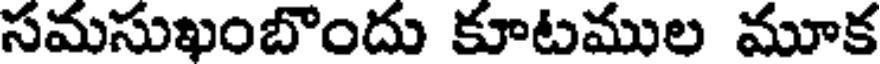
సమసుఖంబొందు కూటముల మూక